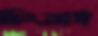
চিংবাই